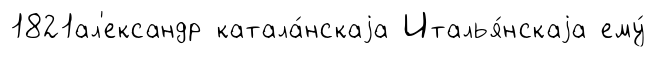
1821ал'ександр катала́нскаjа Италья́нскаjа ему́